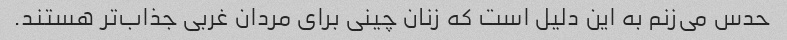
حدس می‌زنم به این دلیل است که زنان چینی برای مردان غربی جذاب‌تر هستند.